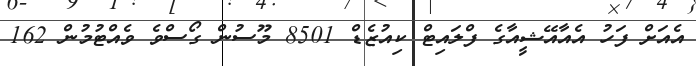
އެއަށް ފަހު އެއާއޭޝީއާގެ ފްލައިޓް ކިއުޒެޑް 8501 މޫސުން ގޯސްވެ ވެއްޓުމުން 162